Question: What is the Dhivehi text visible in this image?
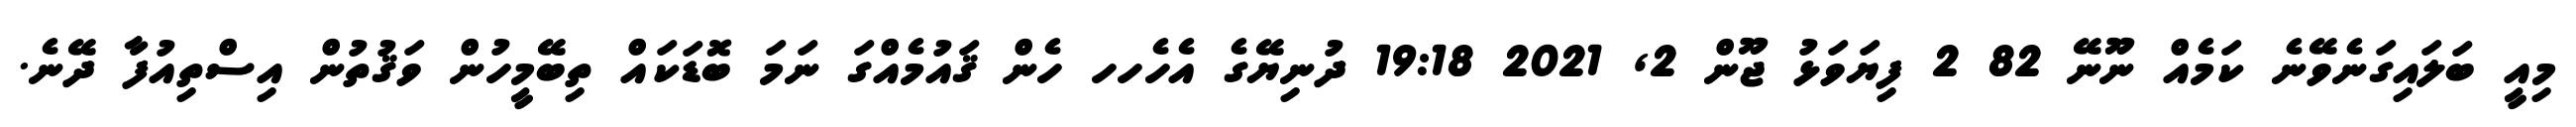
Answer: މިއީ ބަލައިގަނެވޭނެ ކަމެއް ނޫނޭ 82 2 ފިޔަވަޅު ޖޫން 2, 2021 19:18 ދުނިޔޭގެ އެހެހހ ހެން ޤައުމެއްގަ ނަމަ ބޮޑަކައް ތިބޭމީހުން ވަޤުތުން އިސްތިއުފާ ދޭނެ.